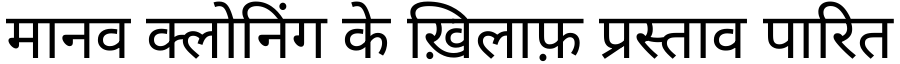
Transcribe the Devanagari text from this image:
मानव क्लोनिंग के ख़िलाफ़ प्रस्ताव पारित